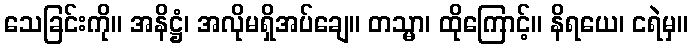
သေခြင်းကို။ အနိဋ္ဌံ၊ အလိုမရှိအပ်ချေ။ တသ္မာ၊ ထိုကြောင့်။ နိရယေ၊ ငရဲမှ။